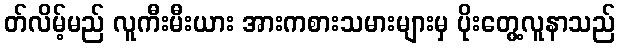
တ်လိမ့်မည် လူကီးမီးယား အားကစားသမားများမှ ပိုးတွေ့လူနာသည်